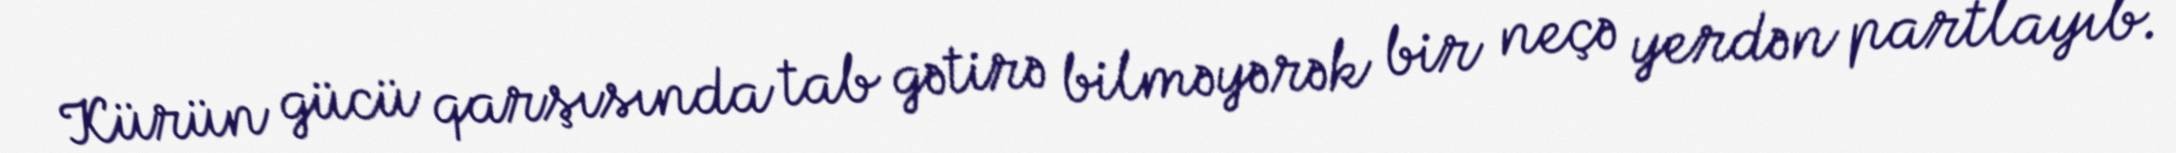
Kürün gücü qarşısında tab gətirə bilməyərək bir neçə yerdən partlayıb.